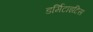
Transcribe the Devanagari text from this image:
डर्मिटाइटिस